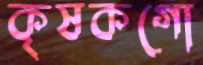
কৃষকগো